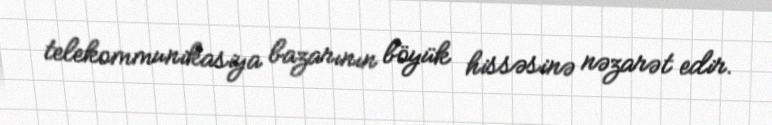
telekommunikasiya bazarının böyük hissəsinə nəzarət edir.